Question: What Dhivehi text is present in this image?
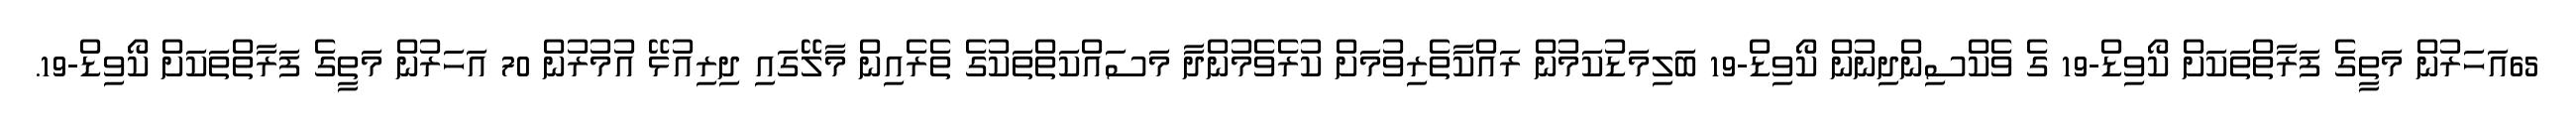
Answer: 65އަހަރުން މަތީގެ ފަރާތްތަކަށް ކޯވިޑް-19 ގެ ވެކްސިންދިނުން ކޯވިޑް-19 ބަލިމަޑުކަމުން ރައްކާތެރިވުމަށް ކުރެވެމުންދާ މަސައްކަތްތަކުގެ ތެރެއިން މާލޭގައި ދިރިއުޅޭ އުމުރުން 70 އަހަރުން މަތީގެ ފަރާތްތަކަށް ކޯވިޑް-19.